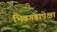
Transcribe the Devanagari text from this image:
भिवगडापेक्षा